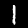
Digit: 1